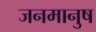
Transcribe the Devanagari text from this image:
जनमानुष